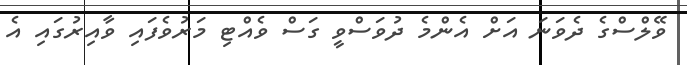
ވޭލްސްގެ ދެވަނަ އަށް އެންމެ ދުވަސްވީ ގަސް ވެއްޓި މަރުވެފައި ވާއިރުގައި އެ